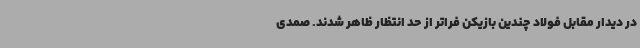
در دیدار مقابل فولاد چندین بازیکن فراتر از حد انتظار ظاهر شدند. صمدی